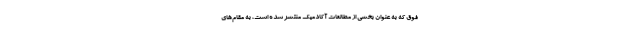
فوق که به عنوان بخشی از مطالعات آکادمیک منتشر شده است، به مقام‌های